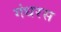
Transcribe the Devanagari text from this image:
गंधरस